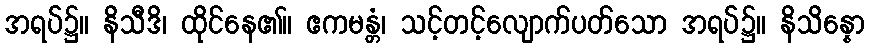
အရပ်၌။ နိသီဒိ၊ ထိုင်နေ၏။ ဧကမန္တံ၊ သင့်တင့်လျောက်ပတ်သော အရပ်၌။ နိသိန္နော